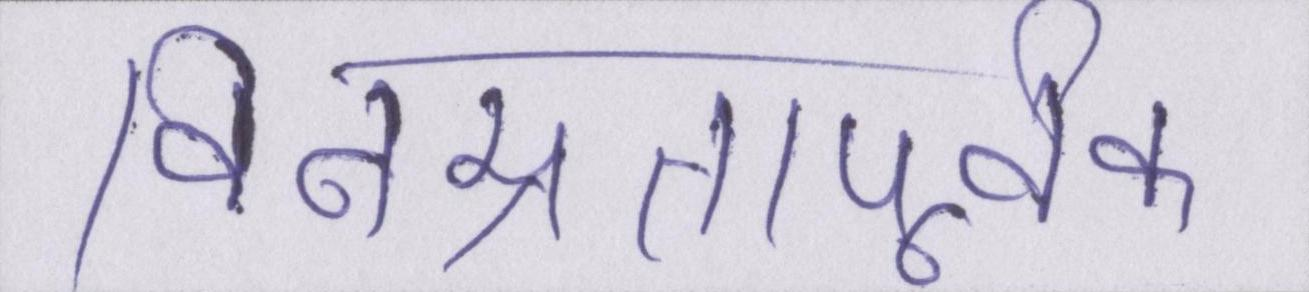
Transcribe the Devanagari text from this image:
विनम्रतापूर्वक